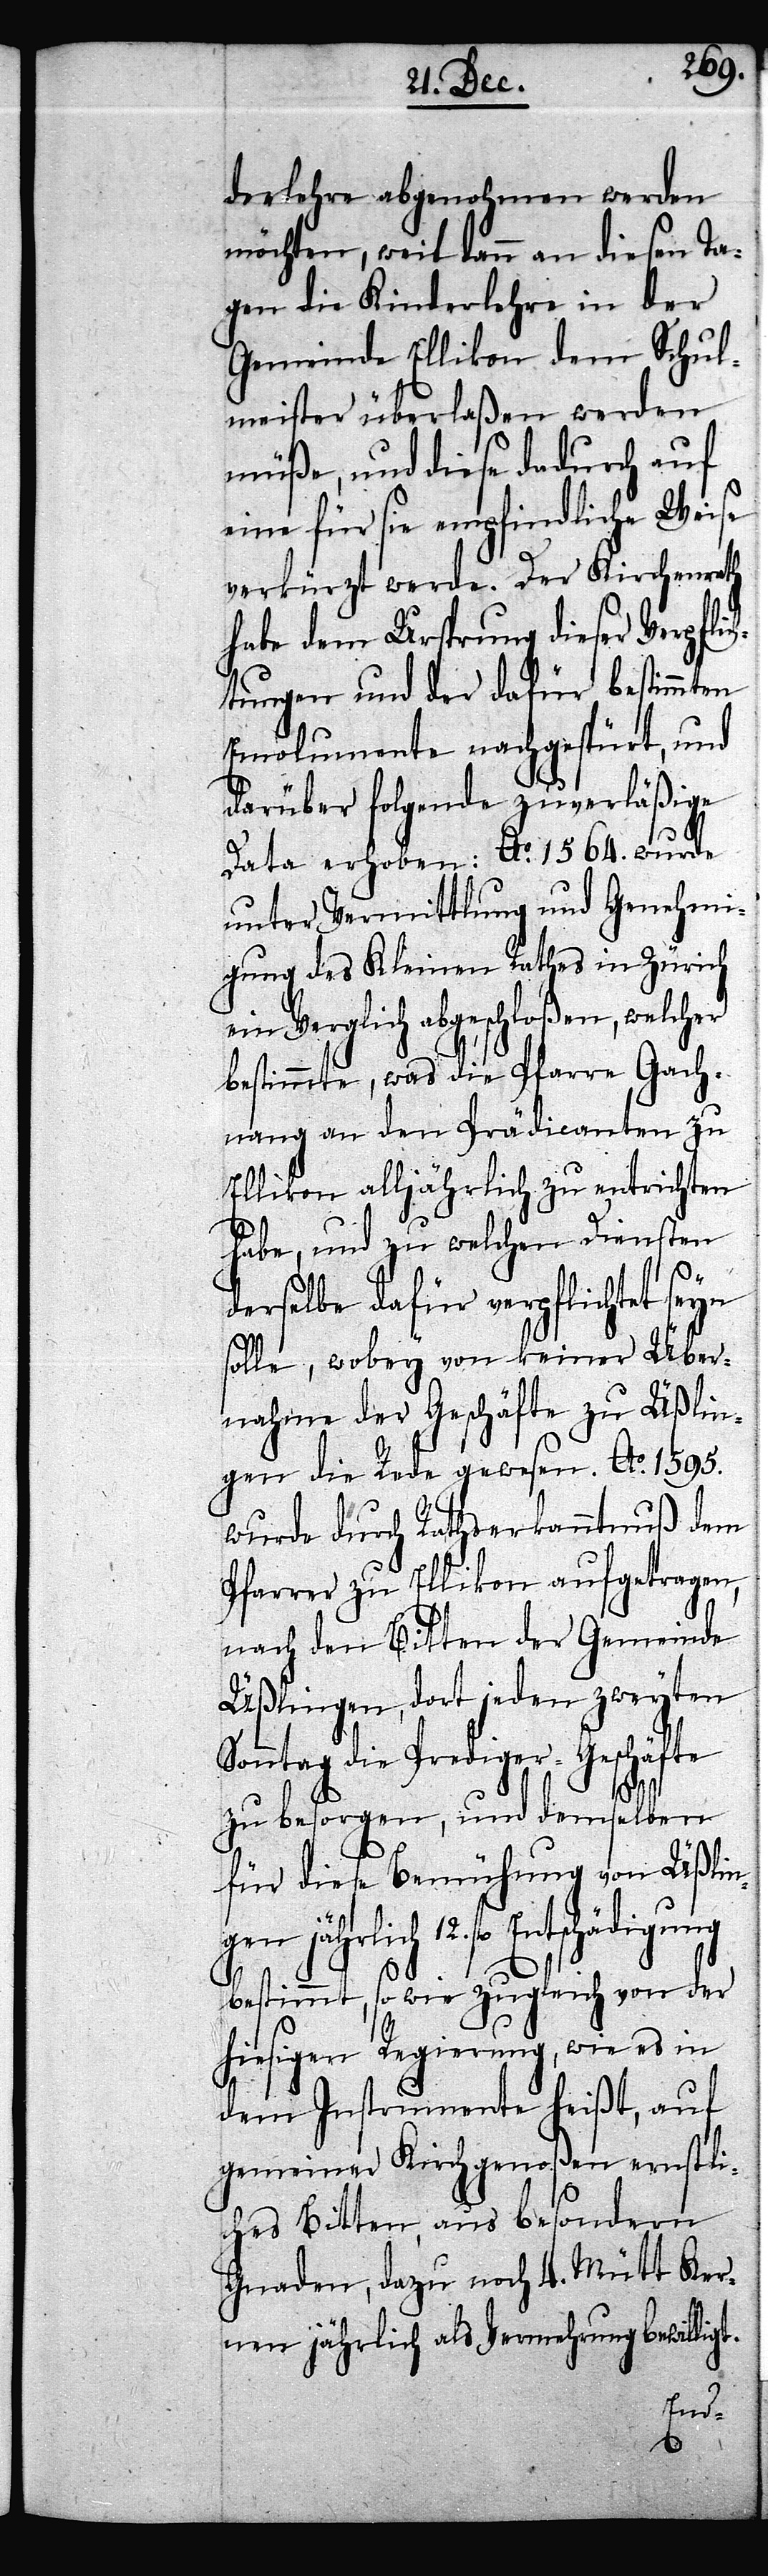
derlehre abgenohmen werden
möchten, weil dann an diesen Ta¬
gen die Kinderlehre in der
Gemeinde Ellikon dem Schul¬
meister überlaßen werden
müße, und diese dadurch auf
eine für sie empfindliche Weise
verkürzt werde. Der Kirchenrath
habe dem Ursprung dieser Verpfli¬
tungen und der dafür bestimmten
Emolumente nachgespürt, und
darüber folgende zuverläßige
Data erhoben: Ao. 1564. wurde
unter Vermittlung und Genehmi¬
gung des Kleinen Rathes in Zürich
ein Vergleich abgeschloßen, welcher
bestimmte, was die Pfarre Gach¬
nang an den Prädicanten zu
Ellikon alljährlich zu entrichten
habe, und zu welchen Diensten
derselbe dafür verpflichtet seyn
solle, wobey von keiner Über¬
nahme der Geschäfte zu Üßlin¬
gen die Rede gewesen. Ao. 1595.
wurde durch Rathserkanntnuß dem
Pfarrer zu Ellikon aufgetragen,
nach den Bitten der Gemeinde
Üßlingen, dort jeden zweyten
Sonntag die Prediger-Geschäfte
zu besorgen, und demselben
für diese Bemühung von Üßlin¬
gen jährlich 12. fl. Entschädigung
ch¬
bestimmt, so wie zugleich von der
hiesigen Regierung, wie es in
dem Instrumente heißt, auf
gemeiner Kirchgenoßen ernstli¬
ches Bitten, aus besondern
Gnaden, dazu noch 4. Mütt Ker¬
nen jährlich als Vermehrung bewilligt.